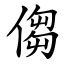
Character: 㑳